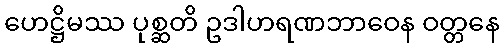
ဟေဋ္ဌိမဿ ပုစ္ဆတိ ဥဒါဟရဏဘာဝေန ဝတ္တနေ